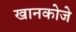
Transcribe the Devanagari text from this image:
खानकोजे